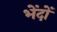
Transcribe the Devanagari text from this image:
भेंदों